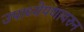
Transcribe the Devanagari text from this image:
उपाध्येपणावरुन